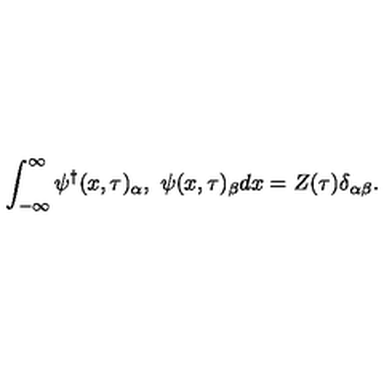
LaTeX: \int _ { - \infty } ^ { \infty } { \psi ^ { \dag } } ( x , \tau ) _ { \alpha } , \ \psi ( x , \tau ) _ { \beta } d x = Z ( \tau ) \delta _ { \alpha \beta } .